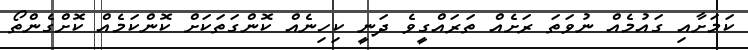
ކަމަށާއި ގައުމެއް ނުވަތަ ރަށެއް ތަރައްގީވެ ދަނީ ކިހިނެއް ކޮންގަތަކަށް ކޮންކަމެއް ކޮށްގެންތޯ